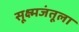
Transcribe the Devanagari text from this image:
सूक्ष्मजंतूला